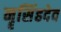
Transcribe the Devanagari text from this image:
नॄसिंहदेव